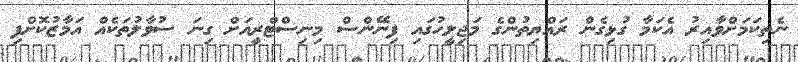
ނެތިކަމަށްވާއިރު އެކަމާ ގުޅިގެން ރައްޔިތުންގެ މަޖިލީހުގައި ފިނޭންސް މިނިސްޓްރީއަށް ގިނަ ސުވާލުތަކެއް އަމާޒުކޮށްފި